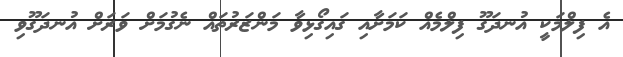
އެ ފިލްމަކީ އުނދަގޫ ފިލްމެއް ކަމަށާއި ގައިގޯޅިވާ މަންޒަރުތައް ނެގުމަށް ވަރަށް އުނދަގޫވި